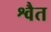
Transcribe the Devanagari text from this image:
श्वैत